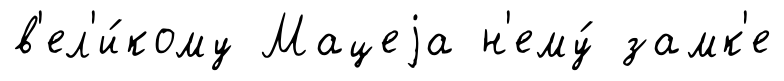
в'ел'и́кому Мацеjа н'ему́ замк'е